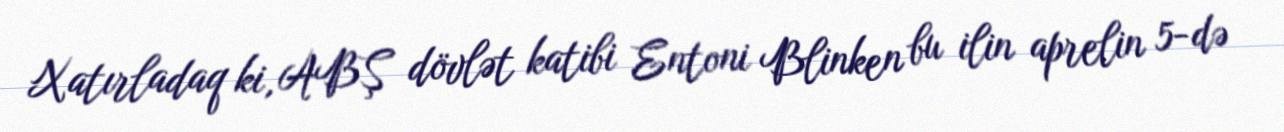
Xatırladaq ki, ABŞ dövlət katibi Entoni Blinken bu ilin aprelin 5-də